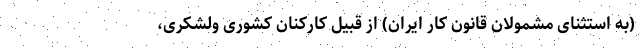
(به استثنای مشمولان قانون کار ایران) از قبیل کارکنان کشوری ولشکری،